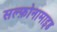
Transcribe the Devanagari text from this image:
सल्फ़ोनामाइड